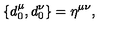
\{ d _ { 0 } ^ { \mu } , d _ { 0 } ^ { \nu } \} = \eta ^ { \mu \nu } ,